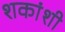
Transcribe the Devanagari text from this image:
शकांशी